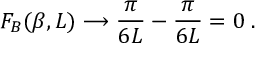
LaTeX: F _ { B } ( \beta , L ) \longrightarrow \frac { \pi } { 6 L } - \frac { \pi } { 6 L } = 0 \; .